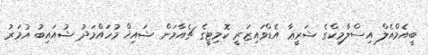
ބީއެމްއެލް އިސްލާމިކްގެ ޝަރީޢާ އެޑްވައިޒަރީ ކޮމިޓީގެ ޗެއާމަން ޝައިޚް މުހައްމަދު ޝުއައިބު އުމަރު